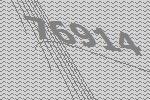
76914